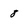
Character: 8